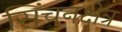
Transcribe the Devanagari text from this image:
सिंचनक्षेत्र